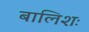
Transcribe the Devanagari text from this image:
बालिशः